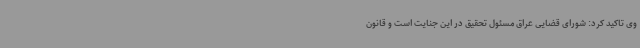
وی تاکید کرد: شورای قضایی عراق مسئول تحقیق در این جنایت است و قانون